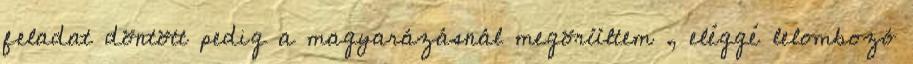
feladat döntött pedig a magyarázásnál megörültem , eléggé lelombozó